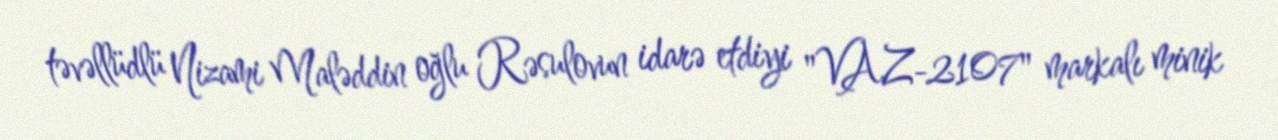
təvəllüdlü Nizami Maləddin oğlu Rəsulovun idarə etdiyi "VAZ-2107" markalı minik